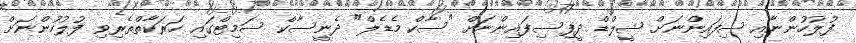
ފުލުހުންނާއި ސިފައިންނަށް ޝީލްޑް ދީފިސިފައިންނަށް "ސާކް މެޑެލް" ދެނީސާކް ސަމިޓްގައި ހަރަކާތްތެރިވި ފުލުހުންނަށް